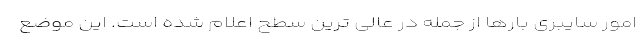
امور سایبری بارها از جمله در عالی ترین سطح اعلام شده است. این موضع